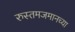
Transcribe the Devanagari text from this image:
रुस्तमजमानच्या